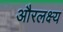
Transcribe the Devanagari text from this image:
औरलक्ष्य